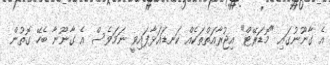
އެ ގާނޫނުގައި "މޮޑަރޭޓް" އިޖުރާއަތްތަކެއް ކަނޑައަޅާފައިވީ ނަމަވެސް އެ ގާނޫނާ ބެހޭ ގޮތުން